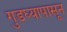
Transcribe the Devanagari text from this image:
गुडघ्यापासून